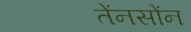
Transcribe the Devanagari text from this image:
तेंनसोंन